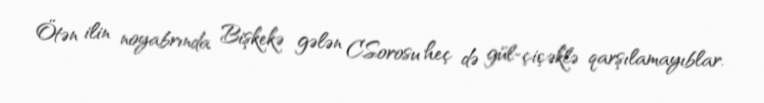
Ötən ilin noyabrında Bişkekə gələn C.Sorosu heç də gül-çiçəklə qarşılamayıblar.